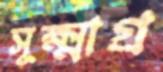
সূক্ষ্মাগ্র